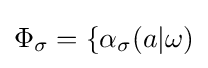
\Phi _{\sigma }=\{\alpha _{\sigma }(a|\omega )